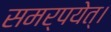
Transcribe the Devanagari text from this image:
समर्पयेत्।